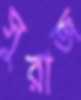
সুরাজ